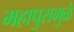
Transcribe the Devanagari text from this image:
महापुरामुळे